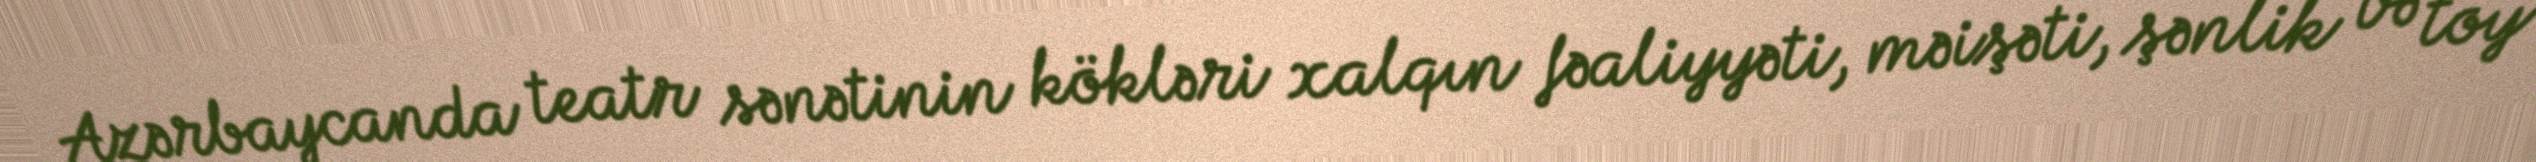
Azərbaycanda teatr sənətinin kökləri xalqın fəaliyyəti, məişəti, şənlik və toy